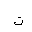
Letter: _ta